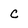
Character: c